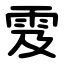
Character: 雭